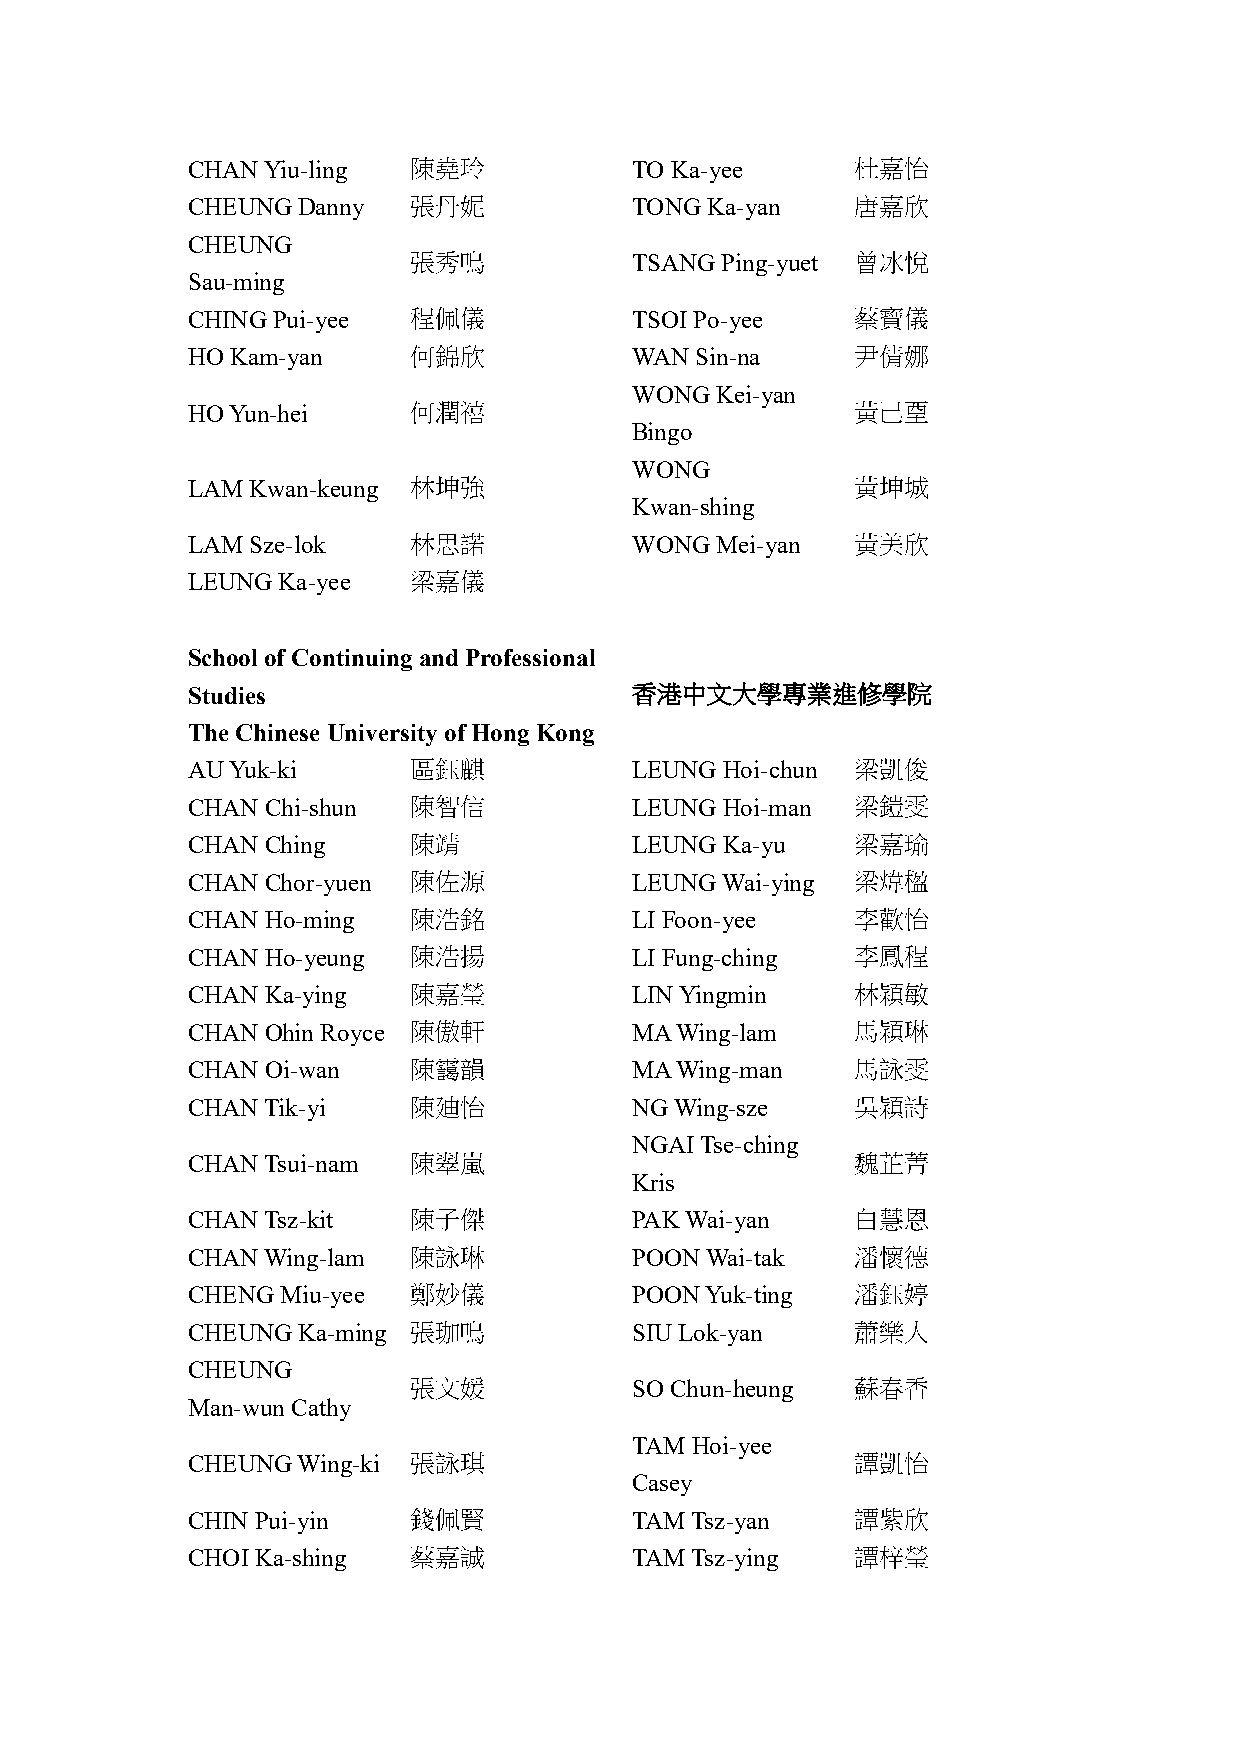
CHAN Yiu-ling  陳堯玲            TO Ka-yee      杜嘉怡
 CHEUNG  Danny  張丹妮            TONG Ka-yan    唐嘉欣
 CHEUNG
 張秀鳴            TSANG Ping-yuet 曾冰悅
 Sau-ming
 CHING Pui-yee  程佩儀            TSOI Po-yee    蔡寶儀
 HO Kam-yan     何錦欣            WAN Sin-na     尹倩娜
 WONG Kei-yan
 HO Yun-hei     何潤禧                           黃己垔
 Bingo
 WONG
 LAM Kwan-keung 林坤強                           黃坤城
 Kwan-shing
 LAM Sze-lok    林思諾            WONG Mei-yan   黃美欣
 LEUNG Ka-yee   梁嘉儀
 School of Continuing and Professional
 Studies                       香港中文大學專業進修學院
 The Chinese University of Hong Kong
 AU Yuk-ki      區鈺麒            LEUNG Hoi-chun 梁凱俊
 CHAN  Chi-shun 陳智信            LEUNG Hoi-man  梁鎧雯
 CHAN  Ching    陳靖             LEUNG Ka-yu    梁嘉瑜
 CHAN  Chor-yuen 陳佐源           LEUNG Wai-ying 梁煒楹
 CHAN  Ho-ming  陳浩銘            LI Foon-yee    李歡怡
 CHAN  Ho-yeung 陳浩揚            LI Fung-ching  李鳳程
 CHAN  Ka-ying  陳嘉瑩            LIN Yingmin    林穎敏
 CHAN  Ohin Royce 陳傲軒          MA Wing-lam    馬穎琳
 CHAN  Oi-wan   陳靄韻            MA Wing-man    馬詠雯
 CHAN Tik-yi    陳廸怡            NG Wing-sze    吳穎詩
 NGAI Tse-ching
 CHAN Tsui-nam  陳翠嵐                           魏芷菁
 Kris
 CHAN Tsz-kit   陳子傑            PAK Wai-yan    白慧恩
 CHAN Wing-lam  陳詠琳            POON Wai-tak   潘懷德
 CHENG  Miu-yee 鄭妙儀            POON Yuk-ting  潘鈺婷
 CHEUNG  Ka-ming 張珈鳴           SIU Lok-yan    蕭樂人
 CHEUNG
 張文媛            SO Chun-heung  蘇春香
 Man-wun Cathy
 TAM Hoi-yee
 CHEUNG  Wing-ki 張詠琪                          譚凱怡
 Casey
 CHIN Pui-yin   錢佩賢            TAM Tsz-yan    譚紫欣
 CHOI Ka-shing  蔡嘉誠            TAM Tsz-ying   譚梓瑩